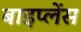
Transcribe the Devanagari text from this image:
बाइप्‍लेंस